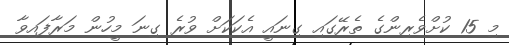
މި 15 ކުށްވެރިންގެ ތެރޭގައި ގިނައީ އެކަކަށް ވުރެ ގިނަ މީހުން މަރާފައިވާ